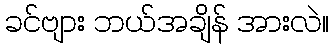
ခင်ဗျား ဘယ်အချိန် အားလဲ။